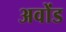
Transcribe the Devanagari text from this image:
अवोंड